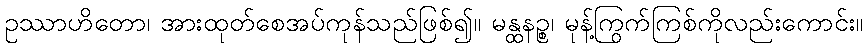
ဥဿာဟိတော၊ အားထုတ်စေအပ်ကုန်သည်ဖြစ်၍။ မန္ထနဉ္စ၊ မုန့်ကြွက်ကြစ်ကိုလည်းကောင်း။